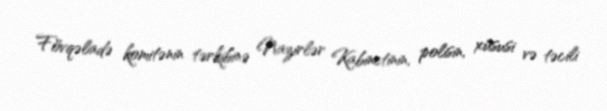
Fövqəladə komitənin tərkibinə Nazirlər Kabinetinin, polisin, xüsusi və təcili